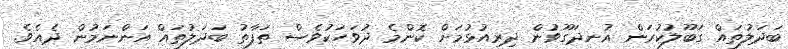
ބަދަލުތައް ގަބޫލުކުރަން އުނދަގޫވުން ދިރިއުޅުމަށް ކޮންމެ ދުވަހަކުވެސް ތަފާތު ބަދަލުތައް އަންނަމުން ދެއެވެ.